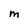
Character: M